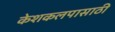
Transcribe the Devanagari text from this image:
केशकलपासाठी